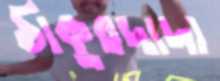
ঠাকুরদাদা